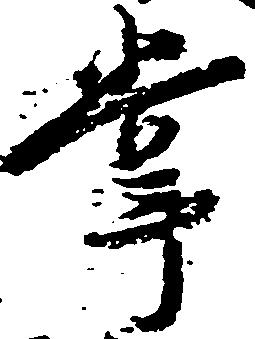
掌